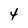
Character: 4